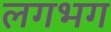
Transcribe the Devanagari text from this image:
लगभ्‍ाग